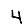
Digit: 4